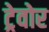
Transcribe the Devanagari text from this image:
ट्रेवोर